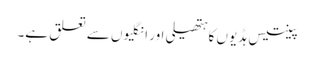
پینتیس ہڈیوں کا ہتھیلی اور انگلیوں سے تعلق ہے۔